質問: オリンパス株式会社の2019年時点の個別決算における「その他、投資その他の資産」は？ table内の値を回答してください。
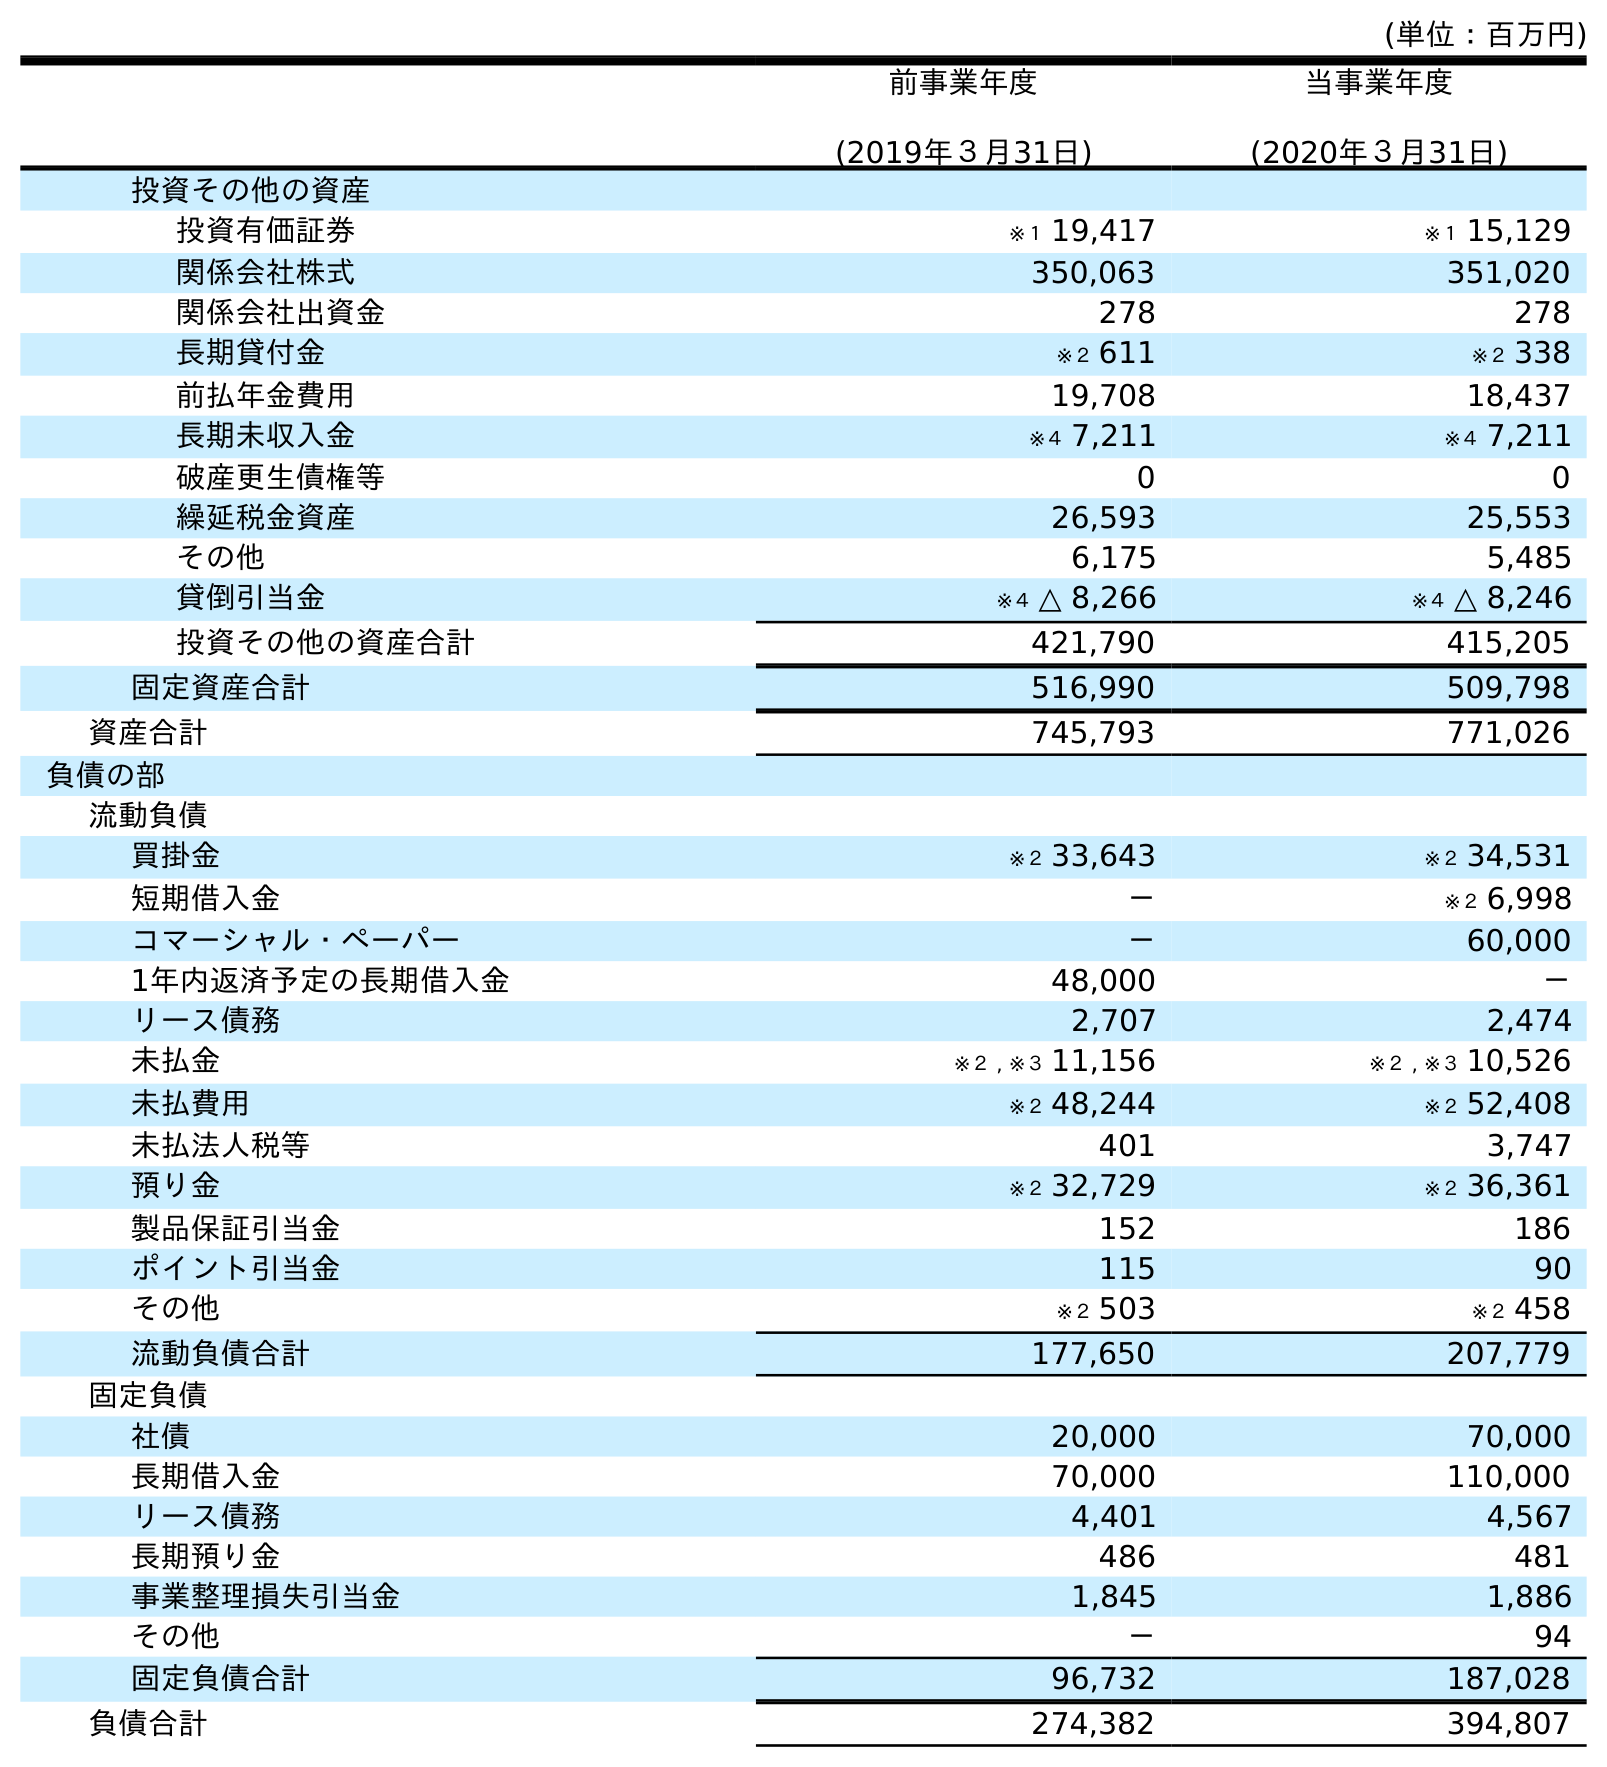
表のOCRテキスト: (単位：百万円) 前事業年度 (2019年３月31日) 当事業年度 (2020年３月31日) 投資その他の資産 投資有価証券 ※１ 19,417 ※１ 15,129 関係会社株式 350,063 351,020 関係会社出資金 278 278 長期貸付金 ※２ 611 ※２ 338 前払年金費用 19,708 18,437 長期未収入金 ※４ 7,211 ※４ 7,211 破産更生債権等 0 0 繰延税金資産 26,593 25,553 その他 6,175 5,485 貸倒引当金 ※４ △ 8,266 ※４ △ 8,246 投資その他の資産合計 421,790 415,205 固定資産合計 516,990 509,798 資産合計 745,793 771,026 負債の部 流動負債 買掛金 ※２ 33,643 ※２ 34,531 短期借入金 － ※２ 6,998 コマーシャル・ペーパー － 60,000 1年内返済予定の長期借入金 48,000 － リース債務 2,707 2,474 未払金 ※２ , ※３ 11,156 ※２ , ※３ 10,526 未払費用 ※２ 48,244 ※２ 52,408 未払法人税等 401 3,747 預り金 ※２ 32,729 ※２ 36,361 製品保証引当金 152 186 ポイント引当金 115 90 その他 ※２ 503 ※２ 458 流動負債合計 177,650 207,779 固定負債 社債 20,000 70,000 長期借入金 70,000 110,000 リース債務 4,401 4,567 長期預り金 486 481 事業整理損失引当金 1,845 1,886 その他 － 94 固定負債合計 96,732 187,028 負債合計 274,382 394,807
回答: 6,175